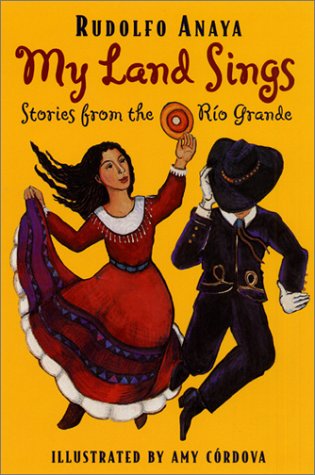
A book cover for My Land Sings: Stories from the Rio Grande; Rudolfo Anaya; Children's Books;